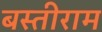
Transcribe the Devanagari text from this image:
बस्तीराम